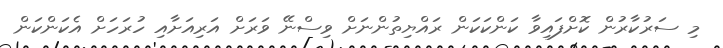
މި ސަރުކާރުން ކޮށްފައިވާ ކަންކަކަން ރައްޔިތުންނަށް ވިސްނޭ ވަރަށް އަރިއަށާއި ހުރަހަށް އެކަންކަން